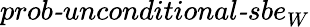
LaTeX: \textit{prob-unconditional-sbe}_{W}